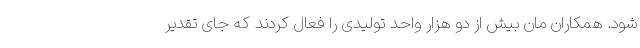
شود. همکاران مان بیش از دو هزار واحد تولیدی را فعال کردند که جای تقدیر